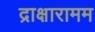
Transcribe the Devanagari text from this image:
द्राक्षारामम